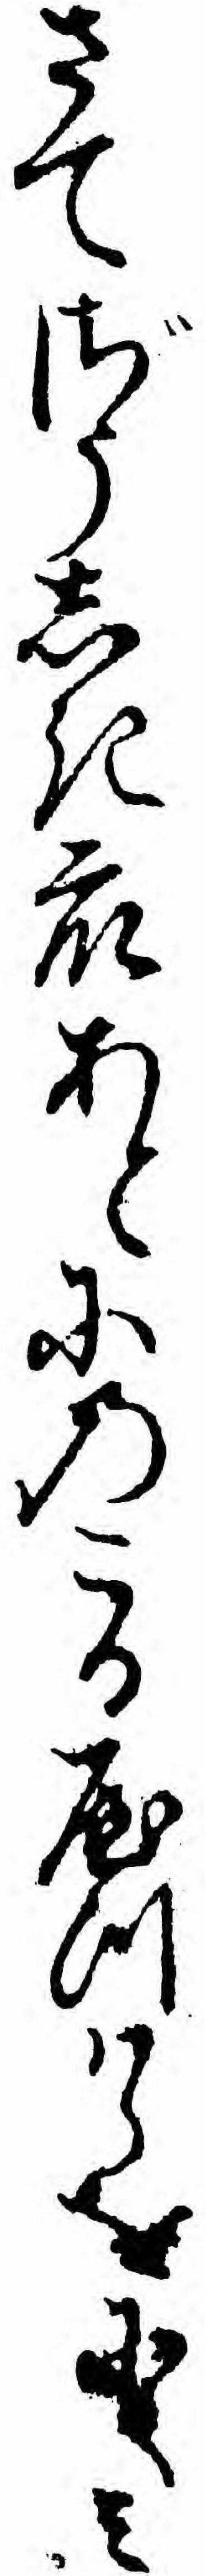
さてざうしき衆あとにのこるやつハらをにくミ